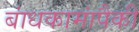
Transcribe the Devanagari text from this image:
बांधकामांपैकी